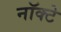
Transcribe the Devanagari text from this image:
नॉक्टे